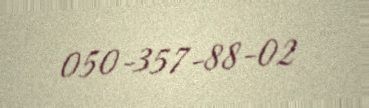
050-357-88-02